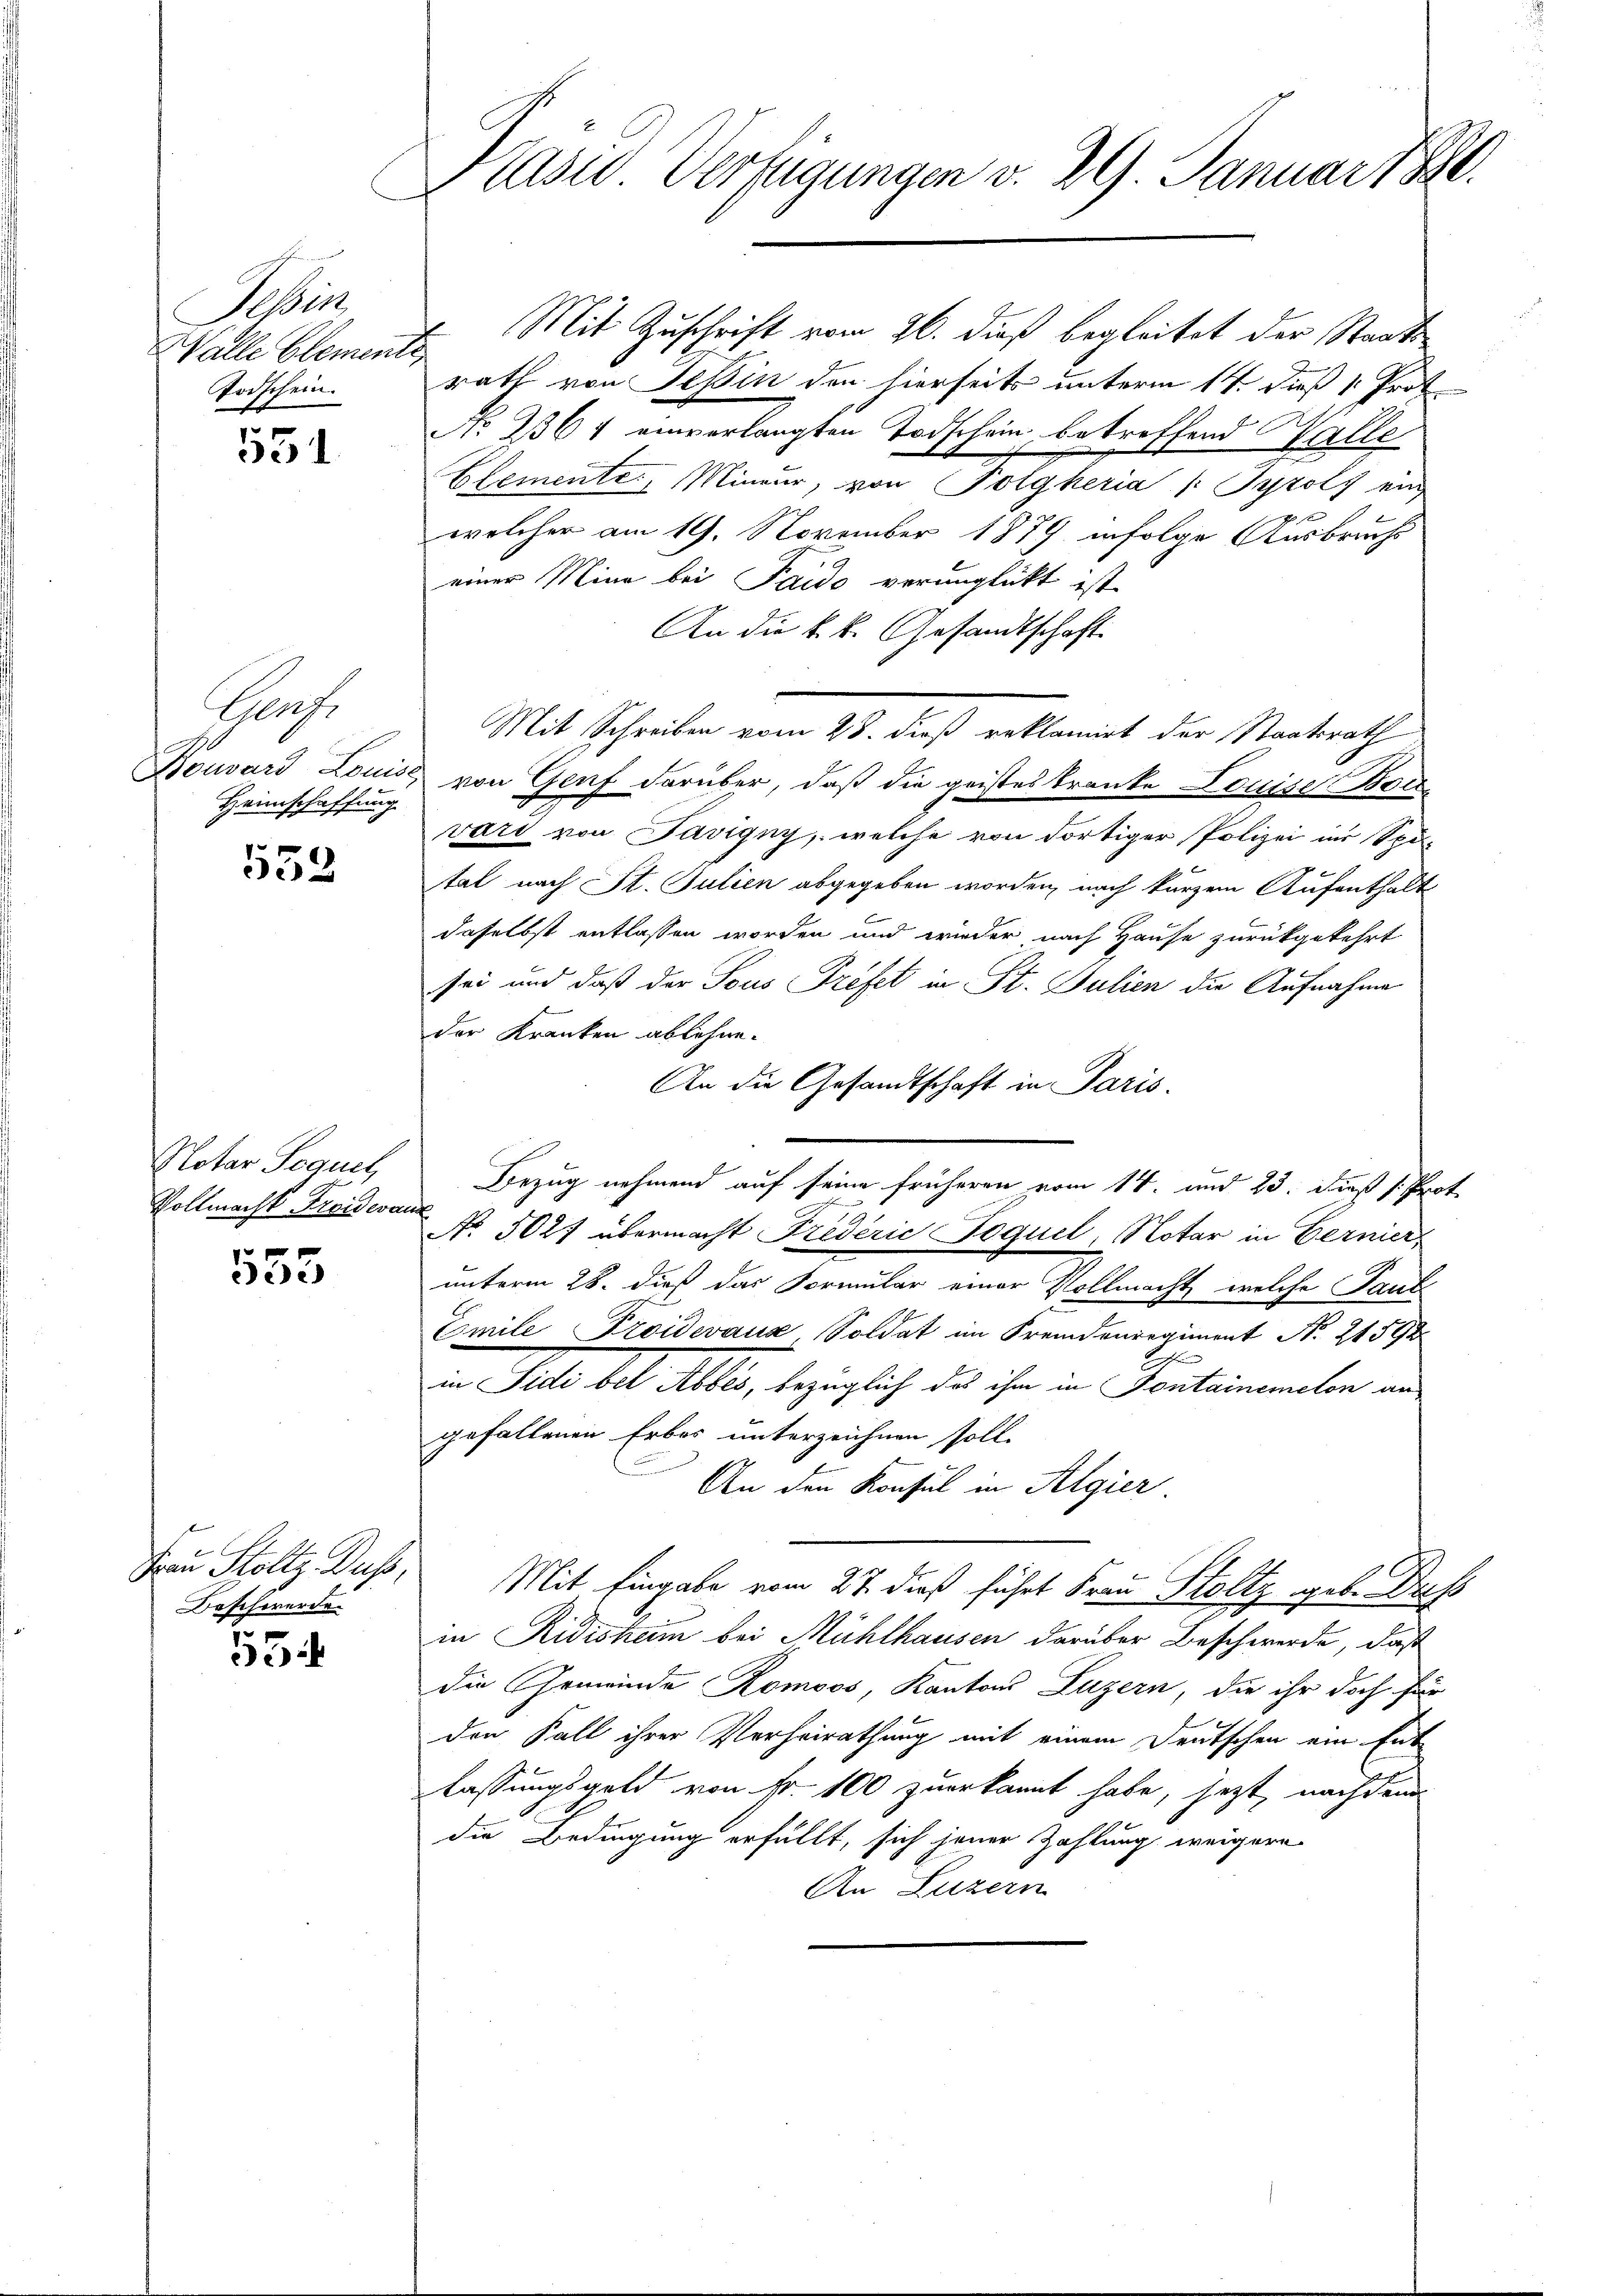
Tessin
Walle Element
Ardschein.

551

Grch
Bouvard Louise
Heimschaffung

552

Notar Sequet
Vollmacht Freiderau
e

353

Frau Stoltz. Duss,
Beschwerde.

55

Präses Verfügungen v. 29. Januar 1881.

I. Mit Zuschrift vom 26. dieß begleitet der Staatsrath von Tessin den hierseits unterm 14. dieß 1. Prot
No 3364 einverlangten Todschein betreffend Walle
Elemente, Mineur, von Folgheria /: Tyrols ein

welcher am 19. November 1879 infolge Ausbruchs
einer Mina bei Taido verunglückt ist
An die k.k. Gesandtschaft.
Mit Schreiben vom 28. dieß reklamirt der Staatsrath
von Genf darüber, daß die geistes Tranke Louise Bore
vari von Savigny, welche von dortiger Polizei im Spi
tal nach St. Julien abgegeben worden, nach kurzem Aufenthalt
daselbst entlassen worden und wieder nach Hause zurückgekehrt
sei und daß der Sous Trefet in St. Julien die Aufnahme
der Kranken ablehne.
An die Gesandtschaft in Paris.
Bezug nehmend auf seine früheren vom 14. und 23. dieß s. Prot
t
No. 5027 übermacht Fredérić Joquel, Notar in Bernier,
unterm 28. dieß das Formular einer Vollmacht, welche Tant
Emile Proidevaux, Soldat im Fremdenregiment Nr. 21592
h
in Teil bel. Aller, bezüglich das ihn in Sontainenelen an
gefallenen Erbes unterzeichnen soll.
An den Konsul in Algier.
Mit Eingabe vom 27. dieß führt Frau Stoltz geb. Das
in Ridisheim bei Mühlhausen darüber Beschwerde, daß
die Gemeinde Romoos, Kantons Luzern, die ihr doch für
den Fall ihrer Verheirathung mit einem Deutschen ein Entlassungsgeld von Fr. 100 zuerkannt habe, jetzt, nachdem
die Bedingung erfüllt, sich jener Zahlung weigere
An Luzern